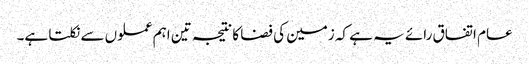
عام اتفاق رائے یہ ہے کہ زمین کی فضا کا نتیجہ تین اہم عملوں سے نکلتا ہے۔